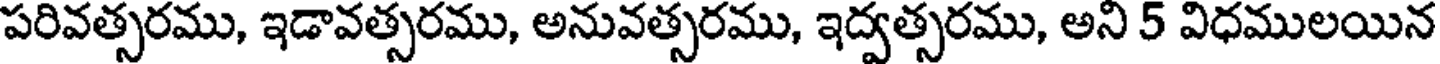
పరివత్సరము, ఇడావత్సరము, అనువత్సరము, ఇద్వత్సరము, అని 5 విధములయిన